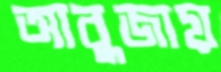
আবুজায়